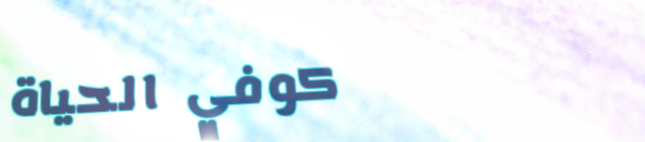
كوفي الحياة